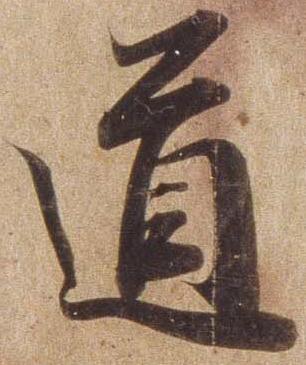
道